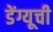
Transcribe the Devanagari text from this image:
डेंग्यूची